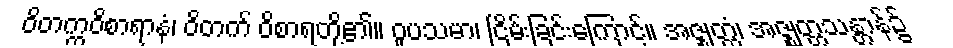
ဝိတက္ကဝိစာရာနံ၊ ဝိတက် ဝိစာရတို့၏။ ဝူပသမာ၊ ငြိမ်းခြင်းကြောင့်။ အဇ္ဈတ္တံ၊ အဇ္ဈတ္တသန္တာန်၌